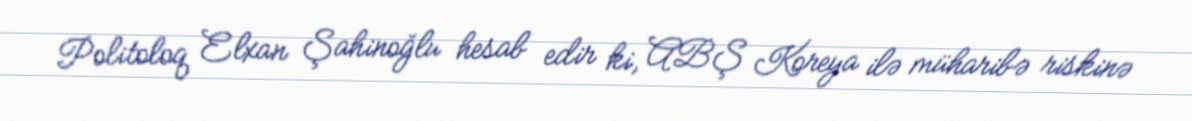
Politoloq Elxan Şahinoğlu hesab edir ki, ABŞ Koreya ilə müharibə riskinə